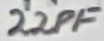
Text: 22PF